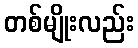
တစ်မျိုးလည်း